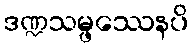
ဒဏ္ဍသမ္ဖဿေနပိ